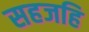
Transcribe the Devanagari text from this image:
सहजहि